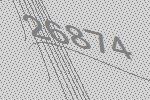
26874